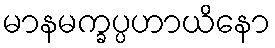
မာနမက္ခပ္ပဟာယိနော